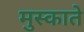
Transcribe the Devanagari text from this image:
मुस्काते